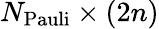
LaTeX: N_{\mathrm{Pauli}}\times(2n)